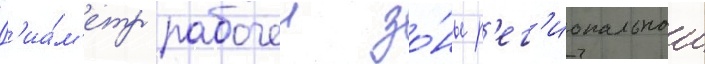
Д'иа́м'етр рабочеи зо́ны р'ег'иональнои